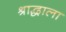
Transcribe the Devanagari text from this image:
श्राद्धाला